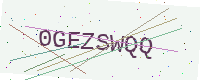
Text: 0GEZSWQQ